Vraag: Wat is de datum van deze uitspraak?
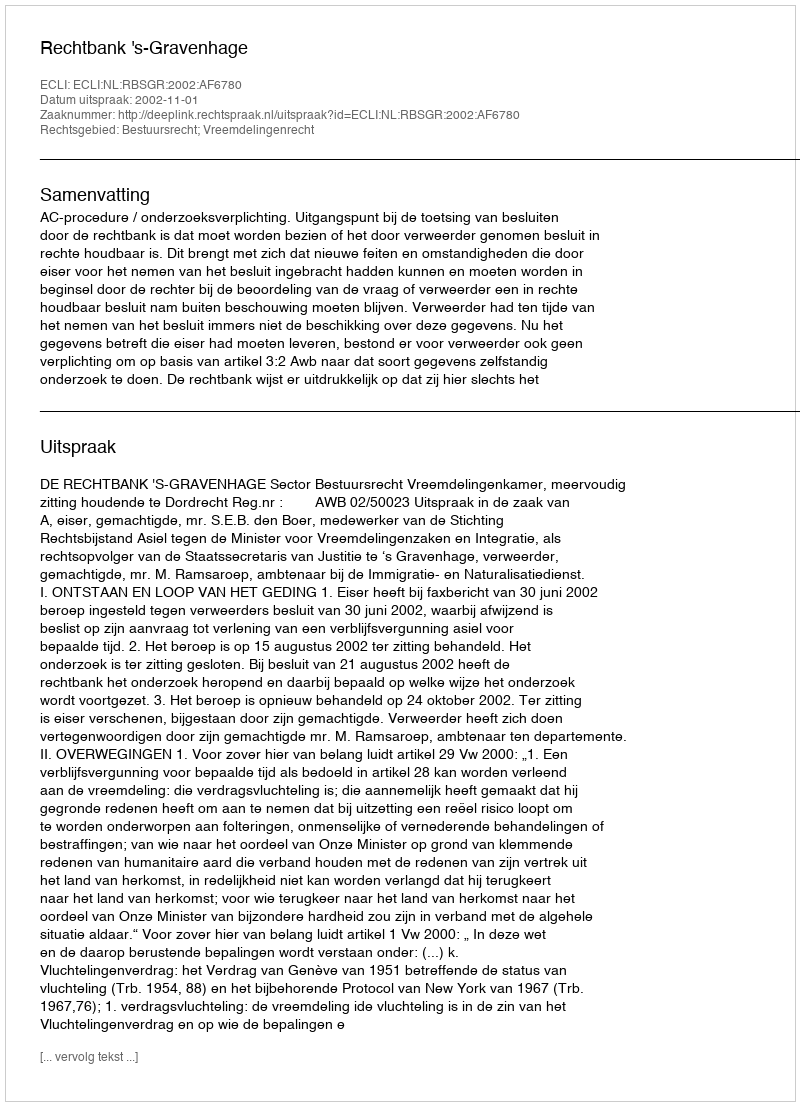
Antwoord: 2002-11-01